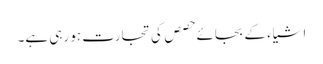
اشیاء کے بجائے حصص کی تجارت ہو رہی ہے۔